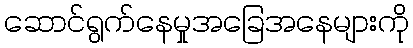
ဆောင်ရွက်နေမှုအခြေအနေများကို